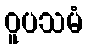
ဝူပသမံ